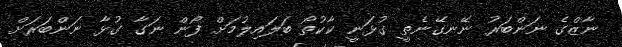
ނާޒްގެ ނަންބަރު ނޭނގޭނެތީ ގުޅަނީ ކާކުތޯ ބަލައިލުމަށް ފޯން ނަގާ ގުޅާ ނަންބަރަށް